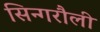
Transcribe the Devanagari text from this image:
सिन्गरौली